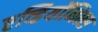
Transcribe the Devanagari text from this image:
एव्हियॉनिक्स